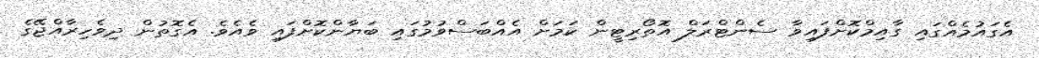
އެގައުމެއްގައި ގާއިމްކޮށްފައިވާ ސެންޓްރަލް އޮތޯރިޓީން ކަމަށް އެއްބަސްވުމުގައި ބަޔާންކޮށްފައި ވެއެވެ. އެގޮތުން ދިވެހިރާއްޖޭގެ